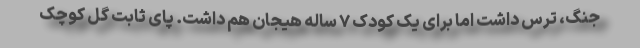
جنگ، ترس داشت اما برای یک کودک ۷ ساله هیجان هم داشت. پای ثابت گل کوچک